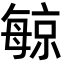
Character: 𪵔